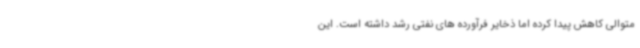
متوالی کاهش پیدا کرده اما ذخایر فرآورده های نفتی رشد داشته است. این